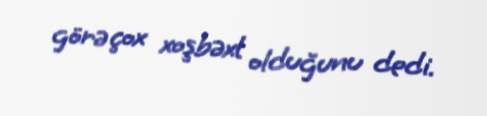
görə çox xoşbəxt olduğunu dedi.